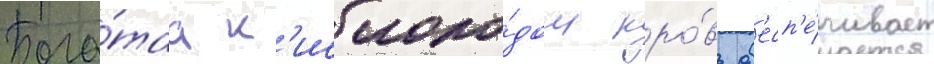
Бога́таа к'ислоро́дом кро́вь об'есп'е́чивает